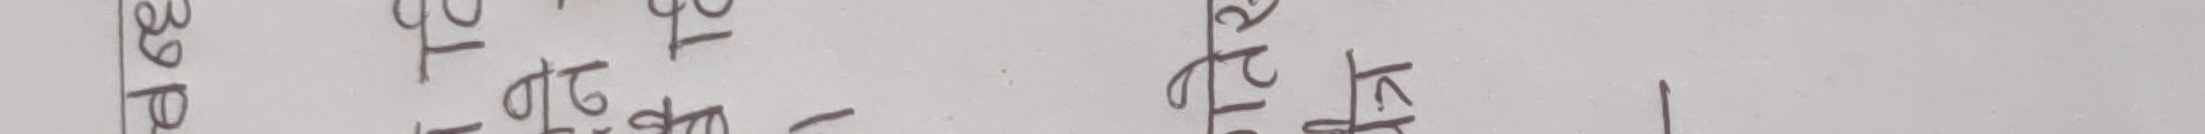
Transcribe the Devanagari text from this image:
३९ कोहि केरिले